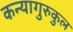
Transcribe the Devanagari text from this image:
कन्यागुरुकुल